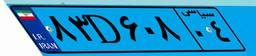
۸۳D۶۰۸۰۴